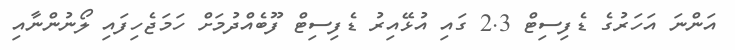
އަންނަ އަހަރުގެ ޑެފިސިޓް 2.3 ގައި އުޅޭއިރު ޑެފިސިޓް ފޫބެއްދުމަށް ހަމަޖެހިފައި ލޯނުންނާއި